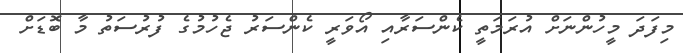
މިފަދަ މީހުންނަށް އުރަމަތީ ކެންސަރާއި އޯވަރީ ކެންސަރު ޖެހުމުގެ ފުރުސަތު މާ ބޮޑަށް